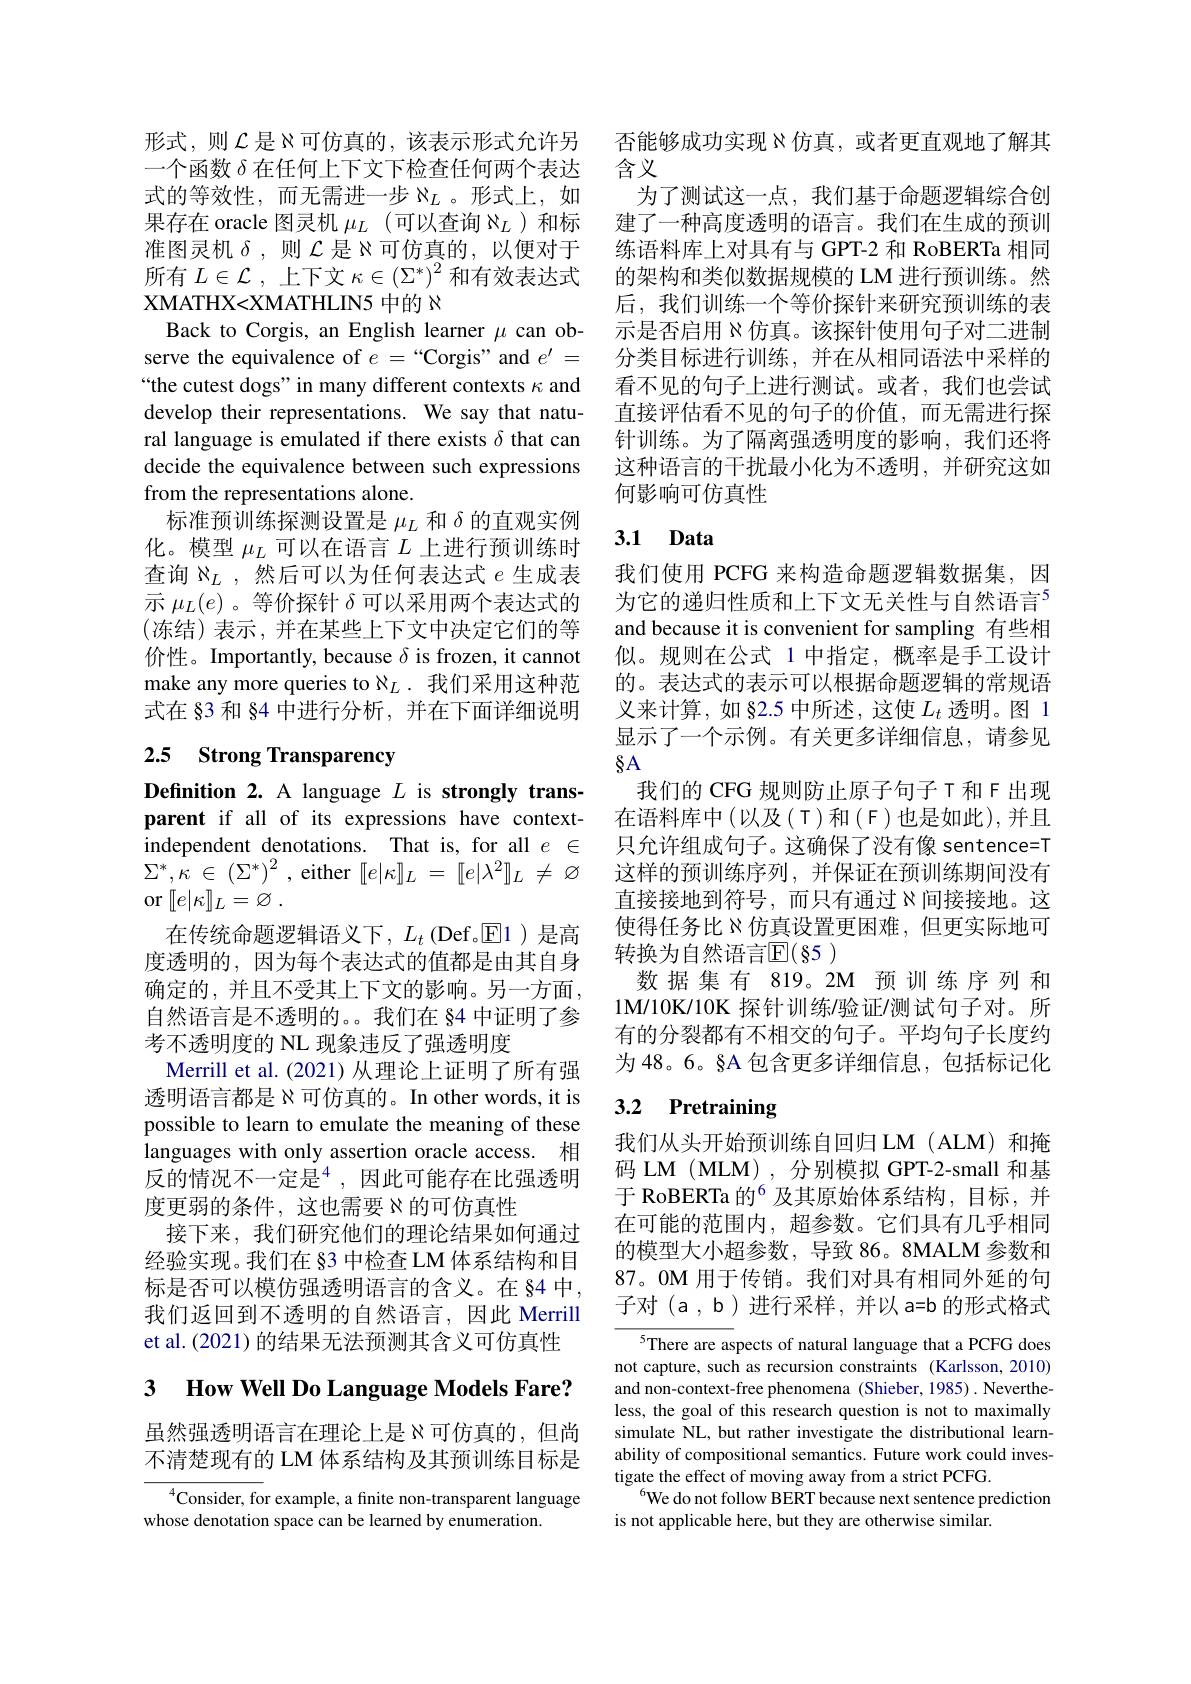
式的等效性，而无需进一步$\aleph_L$。形式上，如果存在 oracle 图灵机$\mu_L$ (可以查询$\aleph_L$)和标准图灵机$\delta$,则$\mathcal{L}$是$\aleph$可仿真的，以便对于所有$L\in\mathcal{L}$,上下文$\kappa\in\left(\Sigma^*\right)^2$和有效表达式XMATHX<XMATHLIN5 中的$\aleph$
Back to Corgis, an English learner $\mu$ can observe the equivalence of $e=``$Corgis" and $e^{\prime}=$ “the cutest dogs” in many different contexts $\kappa$ and develop their representations. We say that natural language is emulated if there exists $\delta$ that can decide the equivalence between such expressions from the representations alone.
标准预训练探测设置是$\mu_L$和$\delta$的直观实例化。模型$\mu_L$可以在语言$L$上进行预训练时查询$\aleph_L$ ,然后可以为任何表达式$e$生成表示$\mu_L(e)$。等价探针$\delta$可以采用两个表达式的(冻结)表示，并在某些上下文中决定它们的等价性。Importantly, because $\delta$ is frozen, it cannot make any more queries to $\aleph_L.$我们采用这种范式在 §3 和 §4 中进行分析，并在下面详细说明

# 2.5 Strong Transparency

Definition 2. A language $L$ is strongly transparent if all of its expressions have contextindependent denotations. That is, for all $e\in$ $\Sigma ^{* }, \dot{\kappa }$ $\in$ $( \Sigma ^{* }) ^{2}$ ,either $[ e| \kappa ] _L$ = $[ e| \lambda ^{2}] _{L}$ $\neq$ $\varnothing$ or$\left [ [ e| \kappa ] \right ] _{L}= \varnothing$ .
在传统命题逻辑语义下，$L_t$(Def。$\overline{\mathrm{E}}$1)是高度透明的，因为每个表达式的值都是由其自身确定的，并且不受其上下文的影响。另一方面， 自然语言是不透明的。。我们在 §4 中证明了参考不透明度的 NL 现象违反了强透明度
Merrill et al.(2021) 从理论上证明了所有强透明语言都是$\aleph$可仿真的。In other words, it is possible to learn to emulate the meaning of these languages with only assertion oracle access. 相反的情况不一定是$^{4}$,因此可能存在比强透明度更弱的条件，这也需要$\aleph$的可仿真性
接下来，我们研究他们的理论结果如何通过经验实现。我们在 §3 中检查 LM 体系结构和目标是否可以模仿强透明语言的含义。在 §4 中， 我们返回到不透明的自然语言，因此 Merrill et al. (2021) 的结果无法预测其含义可仿真性

3 $\textbf{How Well Do Language Models Fare? }$

虽然强透明语言在理论上是》可仿真的，但尚不清楚现有的 LM 体系结构及其预训练目标是

$^{4}$Consider, for example, a finite non-transparent language
whose denotation space can be learned by enumeration.

形式，则$\mathcal{L}$是 》可仿真的，该表示形式允许另 否能够成功实现$\aleph$仿真，或者更直观地了解其
一个函数$\delta$在任何上下文下检查任何两个表达 含义
为了测试这一点，我们基于命题逻辑综合创建了一种高度透明的语言。我们在生成的预训练语料库上对具有与 GPT-2 和 RoBERTa 相同的架构和类似数据规模的 LM 进行预训练。然后，我们训练一个等价探针来研究预训练的表示是否启用$\aleph$仿真。该探针使用句子对二进制分类目标进行训练，并在从相同语法中采样的看不见的句子上进行测试。或者，我们也尝试直接评估看不见的句子的价值，而无需进行探针训练。为了隔离强透明度的影响，我们还将这种语言的干扰最小化为不透明，并研究这如何影响可仿真性

# 3.1 Data

$8A$

我们使用 PCFG 来构造命题逻辑数据集，因为它的递归性质和上下文无关性与自然语言$^{5}$ and because it is convenient for sampling 有些相似。规则在公式 1 中指定，概率是手工设计的。表达式的表示可以根据命题逻辑的常规语义来计算，如 §2.5 中所述，这使$L_t$透明。图 1显示了一个示例。有关更多详细信息，请参见
我们的 CFG 规则防止原子句子T和F出现在语料库中(以及(T)和(F)也是如此),并且只允许组成句子。这确保了没有像 sentence=T 这样的预训练序列，并保证在预训练期间没有直接接地到符号，而只有通过$\aleph$间接接地。这使得任务比$\aleph$仿真设置更困难，但更实际地可转换为自然语言$\mathbb{E}(\S5)$
数据集有 819。2M 预训练序列和1M/10K/10K 探针训练/验证/测试句子对。所有的分裂都有不相交的句子。平均句子长度约为 48。6。§A 包含更多详细信息，包括标记化

## 3.2 Pretraining

我们从头开始预训练自回归LM(ALM)和掩码 LM (MLM) ,分别模拟 GPT-2-small 和基于 RoBERTa 的$^{6}$ 及其原始体系结构，目标，并在可能的范围内，超参数。它们具有几乎相同的模型大小超参数，导致 86。8MALM 参数和87。0M 用于传销。我们对具有相同外延的句子对(a,b)进行采样，并以a=b的形式格式

$^{5}$There are aspects of natural language that a PCFG does not capture, such as recursion constraints (Karlsson, 2010) and non-context-free phenomena (Shieber, 1985) .Nevertheless, the goal of this research question is not to maximally simulate NL, but rather investigate the distributional learnability of compositional semantics. Future work could investigate the effect of moving away from a strict PCFG.
$^{6}$We do not follow BERT because next sentence prediction
is not applicable here, but they are otherwise similar.